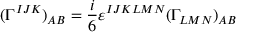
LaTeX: ( \Gamma ^ { I J K } ) _ { A B } = \frac { i } { 6 } \varepsilon ^ { I J K L M N } ( \Gamma _ { L M N } ) _ { A B }